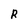
Character: R